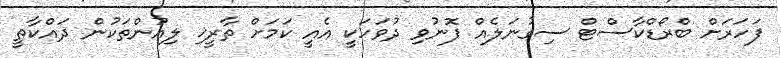
ފަހަރަށް ބްރޯޑްކާސްޓް ސިގުނަލެއް ފޮނުވި ދުވަހަކީ އެއީ ކަމަށް ތާރީޚި ލިއުންތަކުން ދައްކާތީ